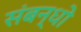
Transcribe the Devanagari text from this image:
संबन्धो